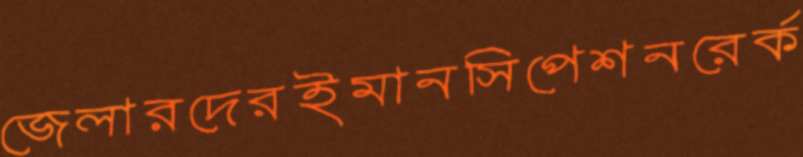
জেলারদেরইমানসিপেশনরের্ক